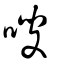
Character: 嗖